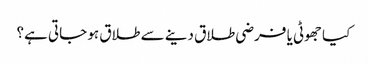
کیا جھوٹی یا فرضی طلاق دینے سے طلاق ہو جاتی ہے؟